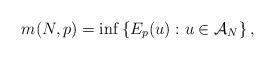
LaTeX: \begin{align*}m(N,p)=\inf\left\{ E_{p}(u):u\in{\cal A}_{N}\right\} ,\end{align*}